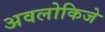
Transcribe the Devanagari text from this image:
अवलोकिजे